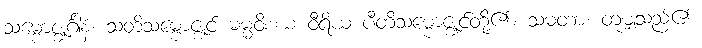
သမ္ဗောဇ္ဈင်္ဂါနံ၊ သတိသမ္ဗောဇ္ဈင် ဓမ္မဝိစယ ဝီရိယ ပီတိသမ္ဗောဇ္ဈင်တို့၏။ သမတာ၊ တူမျှသည်၏